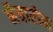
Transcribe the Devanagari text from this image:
नैवारोन